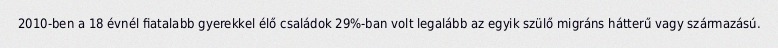
2010-ben a 18 évnél fiatalabb gyerekkel élő családok 29%-ban volt legalább az egyik szülő migráns hátterű vagy származású.